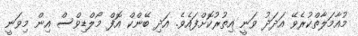
މުއާމަލާތްކުރެވޭ އަދަދު ވަނީ އިތުރުކޮށްފައެވެ. އަދި ބޭންކް އޮފް މޯލްޑިވްސް އިން މިވަނީ